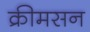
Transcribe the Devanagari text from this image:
क्रीमसन